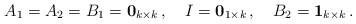
\begin{align*}A_1=A_2=B_1=\mathbf{0}_{k\times k}\,,\quad I=\mathbf{0}_{1\times k}\,,\quad B_2=\mathbf{1}_{k\times k}\,.\end{align*}